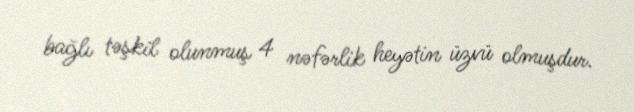
bağlı təşkil olunmuş 4 nəfərlik heyətin üzvü olmuşdur.